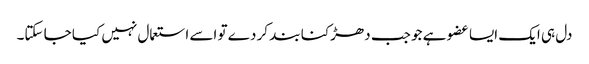
دل ہی ایک ایسا عضو ہے جو جب دھڑکنا بند کر دے تو اسے استعمال نہیں کیا جا سکتا۔